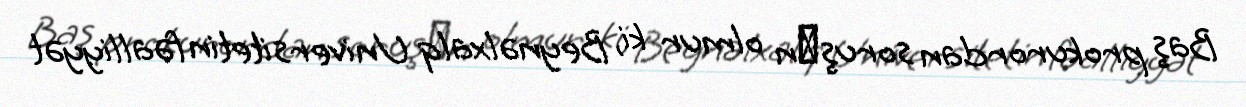
Baş prokurordan soruşаn olmur ki, Beynəlxalq Universitetin fəalliyyət